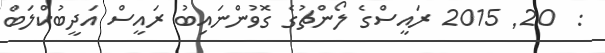
:  20